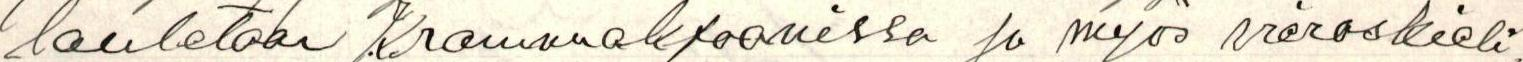
lauletaan Krammakfoanissa ja myös vieraskieli,